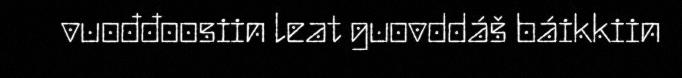
vuođđoosiin leat guovddáš báikkiin